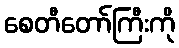
စေတီတော်ကြီးကို